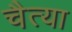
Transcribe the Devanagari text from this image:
चैत्या